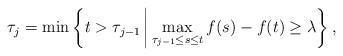
LaTeX: \begin{align*}\tau_{j}=\min\left\{ t>\tau_{j-1}\,\middle|\,\max\limits _{\tau_{j-1}\le s\le t}f(s)-f(t)\ge\lambda\right\} ,\end{align*}